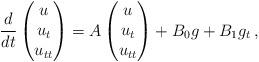
LaTeX: \begin{align*}\frac{d}{dt}\begin{pmatrix}u\\u_t\\u_{tt}\end{pmatrix} = A \begin{pmatrix}u\\u_t\\u_{tt}\end{pmatrix} + B_0 g + B_1 g_t\,,\end{align*}